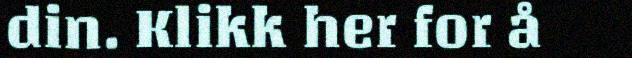
din. Klikk her for å